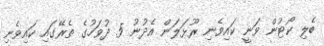
ބެލި ކޯޓުން ވަނީ ކައިވެނި ރޫޅަލަން އެދުނު 5 ދުވަހުގެ ތެރޭގައި ކައިވެނި